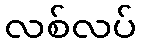
လစ်လပ်